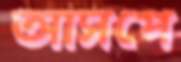
আসপে